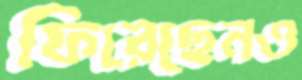
ফিরেছেনও